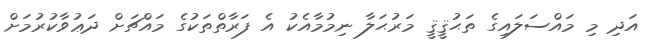
އަދި މި މައްސަލައިގެ ތަޙުޤީޤީ މަރުޙަލާ ނިމުމާއެކު އެ ފަރާތްތަކުގެ މައްޗަށް ދަޢުވާކުރުމަށް